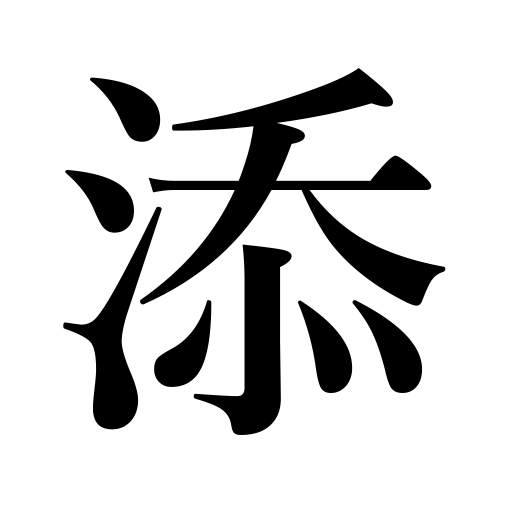
Meanings: attach,marry,append,meet,add to,suit,be added to,be adjusted to,imitate,accompany,satisfy,garnish